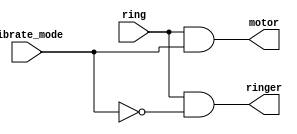
module top_module (
    input ring,
    input vibrate_mode,
    output ringer,       // Make sound
    output motor         // Vibrate
);
    
    // When should ringer be on? When (phone is ringing) and (phone is not in vibrate mode)
	assign ringer = ring & ~vibrate_mode;
	
	// When should motor be on? When (phone is ringing) and (phone is in vibrate mode)
	assign motor = ring & vibrate_mode;

endmodule